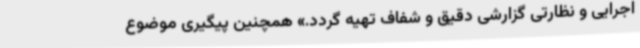
اجرایی و نظارتی گزارشی دقیق و شفاف تهیه گردد.» همچنین پیگیری موضوع